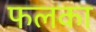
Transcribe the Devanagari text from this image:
फलका